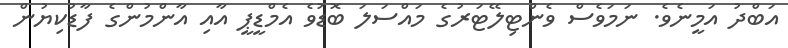
އަބްދު އަމީނެވެ. ނަމަވެސް ވެންޓިލޭޓަރުގެ މައްސަލަ ބޮޑުވެ އެމްޑީޕީ އާއި އާންމުންގެ ފާޑުކިޔުން